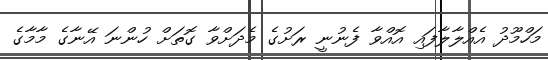
މަހްމޫދު އެއްލާލާފައި އޮއްވާ ފެނުނީ ރަށުގެ މެދަށްވާ ގޮތަށް ހުންނަ އޭނާގެ މާމާގެ